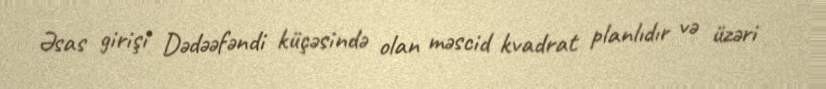
Əsas girişi Dədəəfəndi küçəsində olan məscid kvadrat planlıdır və üzəri